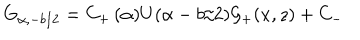
LaTeX: G _ { \alpha , - b / 2 } = C _ { + } \, ( \alpha ) U ( \alpha - b / 2 ) { \mathcal { G } } _ { + } ( x , z ) + C _ { - }